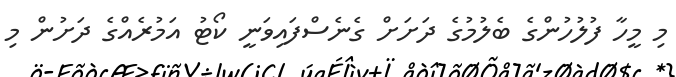
މި މީހާ ފުލުހުންގެ ބެލުމުގެ ދަށަށް ގެނެސްފައިވަނީ ކޯޓު އަމުރެއްގެ ދަށުން މި